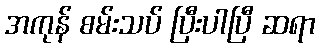
အကုန် စမ်းသပ် ပြီးပါပြီ ဆရာ